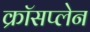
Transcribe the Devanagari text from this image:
क्रॉसप्लेन